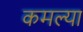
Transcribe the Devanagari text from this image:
कमल्या